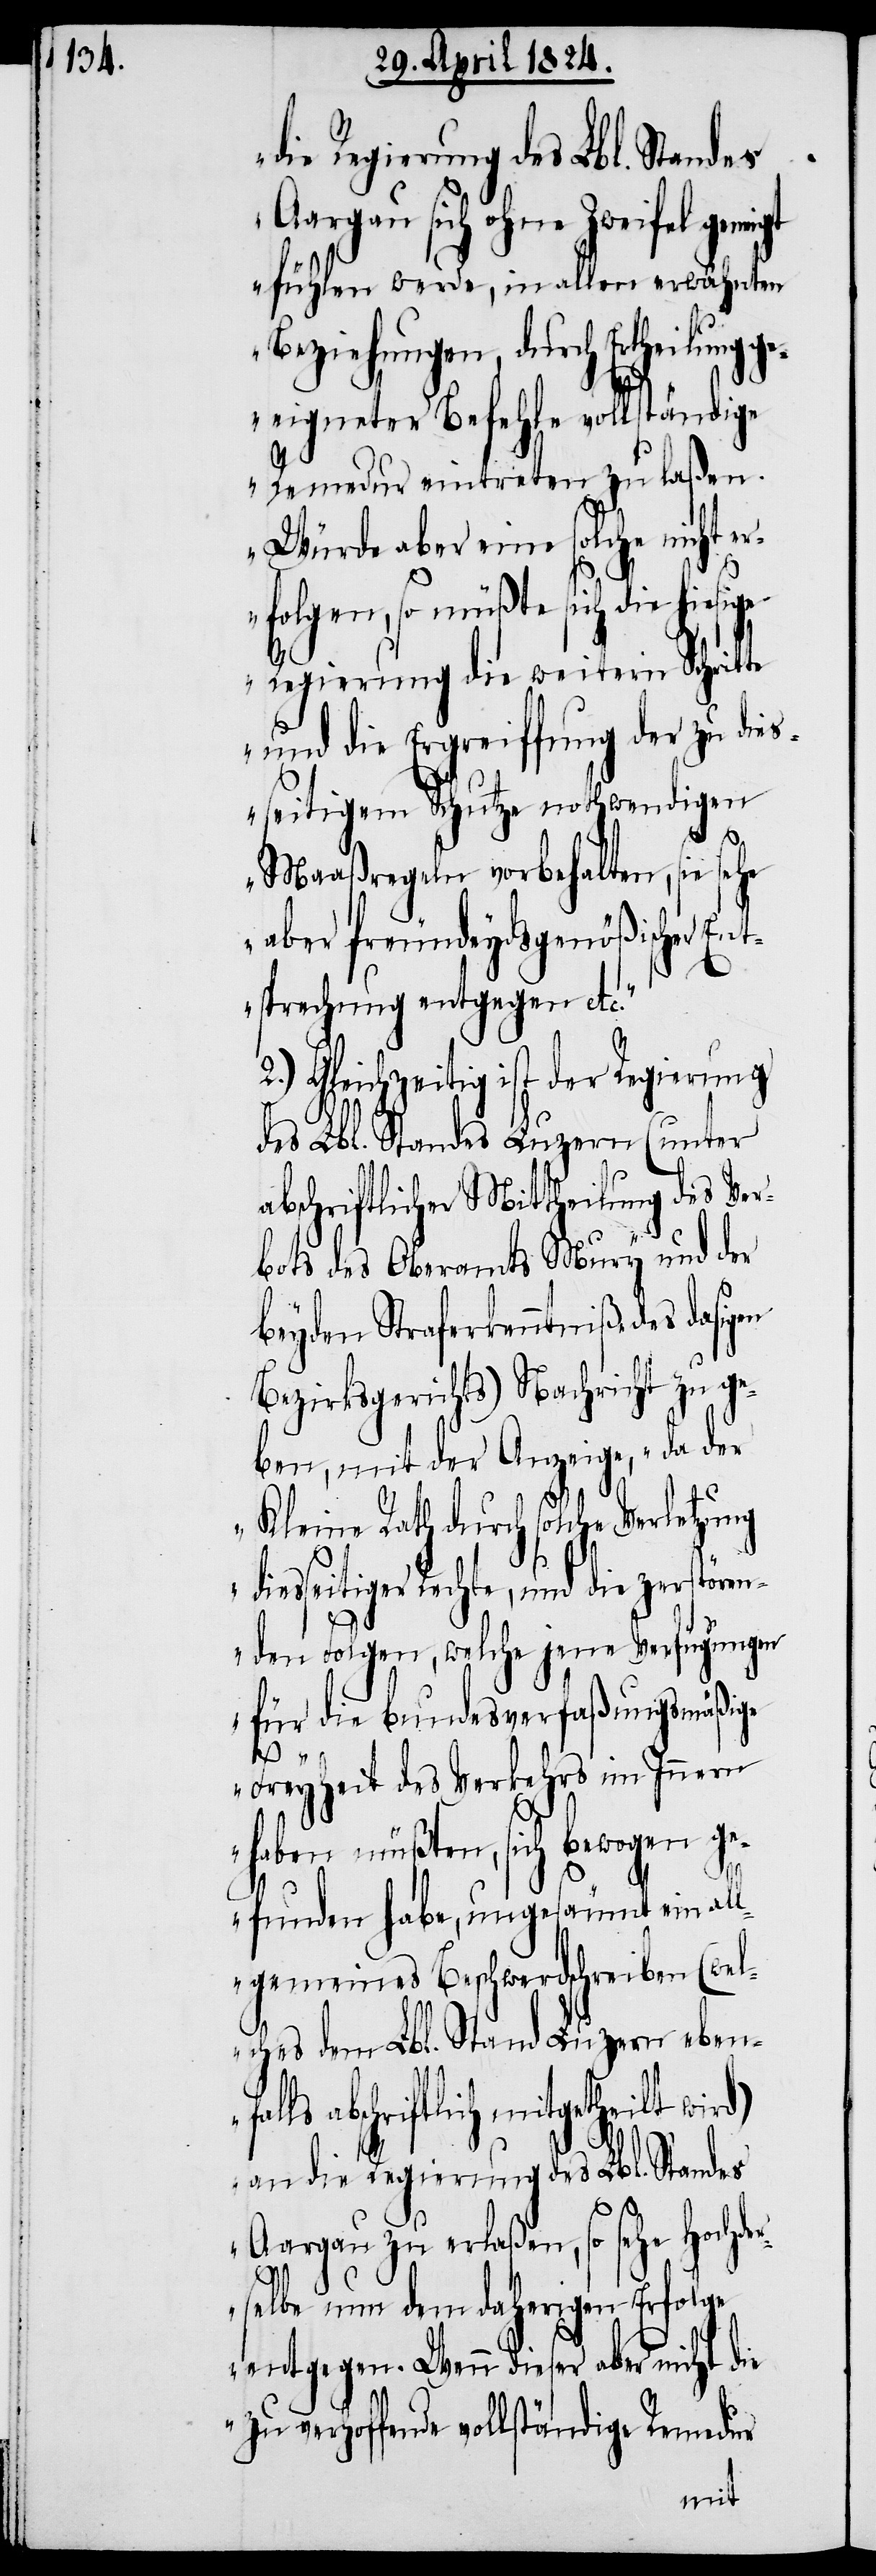
Aargau sich ohne Zweifel geneigt
fühlen werde, in allen erwähnten
Beziehungen, durch Ertheilung ge¬
eigneter Befehle vollständige
Remedur eintreten zu laßen.
Würde aber eine solche nicht e¬
rfolgen, so müßte sich die hiesige
Regierung die weitern Schritte
und die Ergreiffung der zu dies¬
seitigem Schutze nothwendigen
Maaßregeln vorbehalten, sie
aber freundeydsgenößischer En¬
tsprechung entgegen etc.“
2.) Gleichzeitig ist der Regierung
des Lbl. Standes Luzern (unter
abschriftlicher Mittheilung des Ver¬
bots des Oberamts Mury und der
beyden Straferkenntniße des dasig¬
Bezirksgerichts) Nachricht zu ge¬
ben, mit der Anzeige, „da der
Kleine Rath durch solche Verletzung
diesseitiger Rechte, und die zerstören¬
den Folgen, welche jene Verfügungen
für bundesverfaßungsmäßige
Freyheit des Verkehrs im Innern
haben müßten, sich bewogen g¬
efunden habe, ungesäumt ein al¬
lgemeines Beschwerdschreiben (wel¬
ches dem Lbl. Stand Luzern eben¬
abschriftlich mitgetheilt wird)
an die Regierung des Lbl. Standes
falls
Aargau zu erlaßen, so sehe Hochde¬
en
rselbe nun dem daherigen Erfolge
entgegen. Wenn dieser aber nicht die
zu verhoffende vollständige Remedur